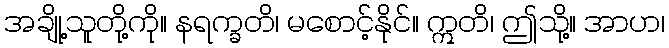
အချို့သူတို့ကို။ နရက္ခတိ၊ မစောင့်နိုင်။ ဣတိ၊ ဤသို့။ အာဟ၊